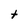
Character: t